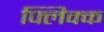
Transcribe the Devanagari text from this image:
फ्लिक्क